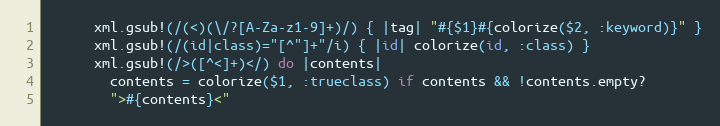
Language: Ruby
      xml.gsub!(/(<)(\/?[A-Za-z1-9]+)/) { |tag| "#{$1}#{colorize($2, :keyword)}" }
      xml.gsub!(/(id|class)="[^"]+"/i) { |id| colorize(id, :class) }
      xml.gsub!(/>([^<]+)</) do |contents|
        contents = colorize($1, :trueclass) if contents && !contents.empty?
        ">#{contents}<"